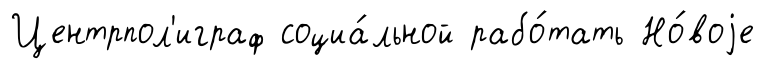
Центрпол'играф социа́льной рабо́тать Но́воjе